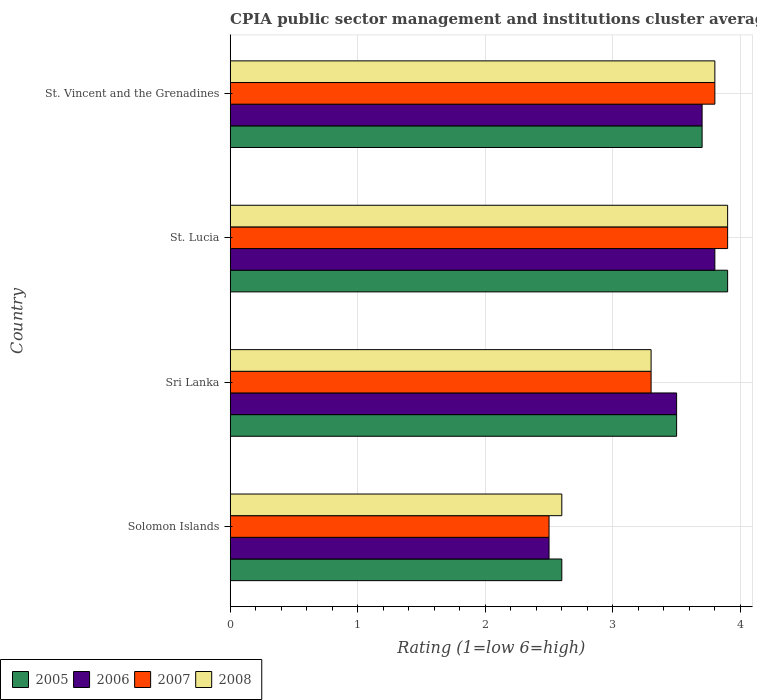
| Country | 2005 | 2006 | 2007 | 2008 |
 | --- | --- | --- | --- | --- |
 | Solomon Islands | 2.6 | 2.5 | 2.5 | 2.6 |
 | Sri Lanka | 3.5 | 3.5 | 3.3 | 3.3 |
 | St. Lucia | 3.9 | 3.8 | 3.9 | 3.9 |
 | St. Vincent and the Grenadines | 3.7 | 3.7 | 3.8 | 3.8 |